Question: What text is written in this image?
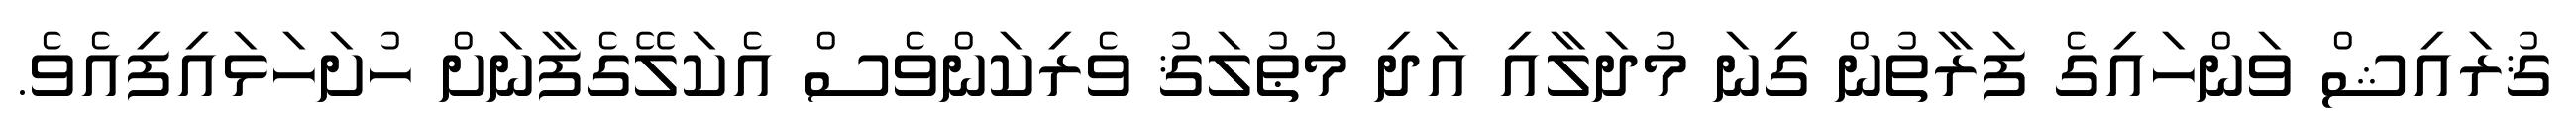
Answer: ޤުރައިޝް ވަންހައިގެ ފަރާތުން ގިނަ މުދަލާއި އަދި މުޠުލަޤު ވެރިކަންވެސް އެކަލޭގެފާނަށް ހުށަހަޅައިފިއެވެ.